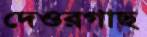
দেওরগাছ